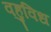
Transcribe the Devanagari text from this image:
वहुविध